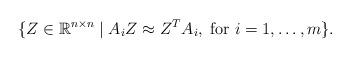
LaTeX: \begin{align*}\{Z\in\mathbb{R}^{n\times n}\; |\;A_iZ\approx Z^TA_i, \; \mbox{for } i=1,\dots,m \}.\end{align*}